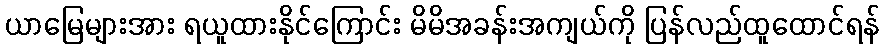
ယာမြေများအား ရယူထားနိုင်ကြောင်း မိမိအခန်းအကျယ်ကို ပြန်လည်ထူထောင်ရန်